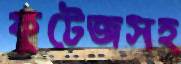
ফুটেজসহ